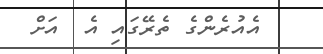
އެއުރެންގެ ތެރޭގައި އެ  އަށް